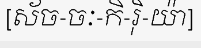
[ស័ច-ចៈ-កិ-រ៉ិ-យ៉ា]